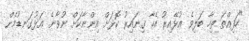
"ހަފިއްތަ ތިހާ ބަލިވެ އުޅޭއިރު އެހާ ގިނައިރު ކޮޅަށް އިންނާކަށް ނުވާނެ. އަޅުގަނޑުމެން